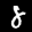
Label: 8